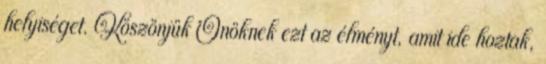
helyiséget. Köszönjük Önöknek ezt az élményt, amit ide hoztak,